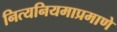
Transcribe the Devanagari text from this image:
नित्यनियमाप्रमाणे